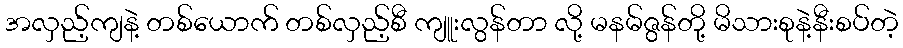
အလှည့်ကျနဲ့ တစ်ယောက် တစ်လှည့်စီ ကျူးလွန်တာ လို့ မနမ်ဇွန်တို့ မိသားစုနဲ့နီးစပ်တဲ့